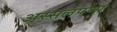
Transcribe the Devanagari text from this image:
अस्सलपणा